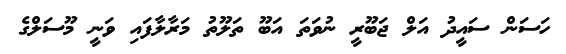
ހަސަން ސައީދު އަލް ޖަބޫރީ ނުވަތަ އަބޫ ތަލޫތު މަރާލާފައި ވަނީ މޫސަލްގެ